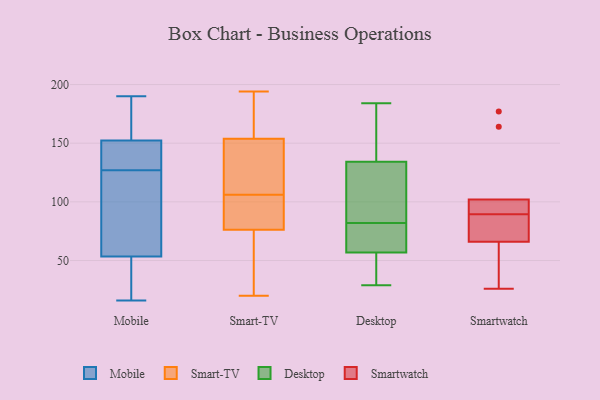
{"axis": {"x": "Website Visitors", "y": "Value"}, "legend": ["Desktop", "Mobile", "Smart-TV", "Smartwatch"], "data": [{"x": "", "y": 58, "type": "Mobile"}, {"x": "", "y": 70, "type": "Mobile"}, {"x": "", "y": 127, "type": "Mobile"}, {"x": "", "y": 147, "type": "Mobile"}, {"x": "", "y": 110, "type": "Mobile"}, {"x": "", "y": 16, "type": "Mobile"}, {"x": "", "y": 17, "type": "Mobile"}, {"x": "", "y": 154, "type": "Mobile"}, {"x": "", "y": 86, "type": "Mobile"}, {"x": "", "y": 36, "type": "Mobile"}, {"x": "", "y": 17, "type": "Mobile"}, {"x": "", "y": 184, "type": "Mobile"}, {"x": "", "y": 190, "type": "Mobile"}, {"x": "", "y": 159, "type": "Mobile"}, {"x": "", "y": 132, "type": "Mobile"}, {"x": "", "y": 177, "type": "Mobile"}, {"x": "", "y": 147, "type": "Mobile"}, {"x": "", "y": 137, "type": "Mobile"}, {"x": "", "y": 52, "type": "Mobile"}, {"x": "", "y": 78, "type": "Smart-TV"}, {"x": "", "y": 194, "type": "Smart-TV"}, {"x": "", "y": 190, "type": "Smart-TV"}, {"x": "", "y": 110, "type": "Smart-TV"}, {"x": "", "y": 71, "type": "Smart-TV"}, {"x": "", "y": 60, "type": "Smart-TV"}, {"x": "", "y": 145, "type": "Smart-TV"}, {"x": "", "y": 101, "type": "Smart-TV"}, {"x": "", "y": 20, "type": "Smart-TV"}, {"x": "", "y": 103, "type": "Smart-TV"}, {"x": "", "y": 117, "type": "Smart-TV"}, {"x": "", "y": 106, "type": "Smart-TV"}, {"x": "", "y": 43, "type": "Smart-TV"}, {"x": "", "y": 180, "type": "Smart-TV"}, {"x": "", "y": 81, "type": "Smart-TV"}, {"x": "", "y": 162, "type": "Smart-TV"}, {"x": "", "y": 151, "type": "Smart-TV"}, {"x": "", "y": 45, "type": "Desktop"}, {"x": "", "y": 50, "type": "Desktop"}, {"x": "", "y": 69, "type": "Desktop"}, {"x": "", "y": 134, "type": "Desktop"}, {"x": "", "y": 47, "type": "Desktop"}, {"x": "", "y": 82, "type": "Desktop"}, {"x": "", "y": 66, "type": "Desktop"}, {"x": "", "y": 59, "type": "Desktop"}, {"x": "", "y": 84, "type": "Desktop"}, {"x": "", "y": 141, "type": "Desktop"}, {"x": "", "y": 111, "type": "Desktop"}, {"x": "", "y": 152, "type": "Desktop"}, {"x": "", "y": 135, "type": "Desktop"}, {"x": "", "y": 184, "type": "Desktop"}, {"x": "", "y": 116, "type": "Desktop"}, {"x": "", "y": 80, "type": "Desktop"}, {"x": "", "y": 29, "type": "Desktop"}, {"x": "", "y": 89, "type": "Smartwatch"}, {"x": "", "y": 90, "type": "Smartwatch"}, {"x": "", "y": 66, "type": "Smartwatch"}, {"x": "", "y": 164, "type": "Smartwatch"}, {"x": "", "y": 92, "type": "Smartwatch"}, {"x": "", "y": 26, "type": "Smartwatch"}, {"x": "", "y": 79, "type": "Smartwatch"}, {"x": "", "y": 46, "type": "Smartwatch"}, {"x": "", "y": 102, "type": "Smartwatch"}, {"x": "", "y": 177, "type": "Smartwatch"}]}